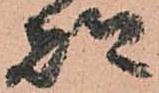
都